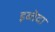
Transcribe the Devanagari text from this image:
इब्तेदा